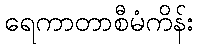
ရေကာတာစီမံကိန်း